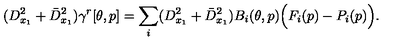
( D _ { x _ { 1 } } ^ { 2 } + \bar { D } _ { x _ { 1 } } ^ { 2 } ) \gamma ^ { r } [ \theta , p ] = \sum _ { i } ( D _ { x _ { 1 } } ^ { 2 } + \bar { D } _ { x _ { 1 } } ^ { 2 } ) B _ { i } ( \theta , p ) \Big ( F _ { i } ( p ) - P _ { i } ( p ) \Big ) .